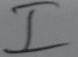
Text: I